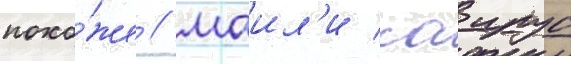
похо́же / маил'и саирус